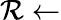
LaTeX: \mathcal{R}\gets